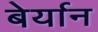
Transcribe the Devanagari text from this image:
बेर्यान